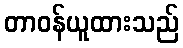
တာဝန်ယူထားသည်